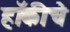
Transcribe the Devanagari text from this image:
हाॅकीचे